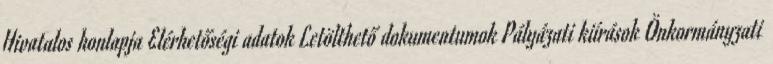
Hivatalos honlapja Elérhetőségi adatok Letölthető dokumentumok Pályázati kiírások Önkormányzati